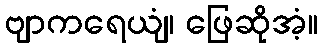
ဗျာကရေယျံ၊ ဖြေဆိုအံ့။